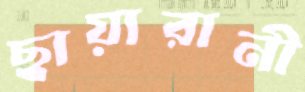
ছায়ারানী